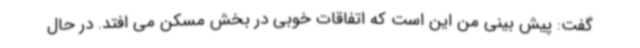
گفت: پیش بینی من این است که اتفاقات خوبی در بخش مسکن می افتد. در حال